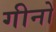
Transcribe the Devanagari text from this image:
गीनो